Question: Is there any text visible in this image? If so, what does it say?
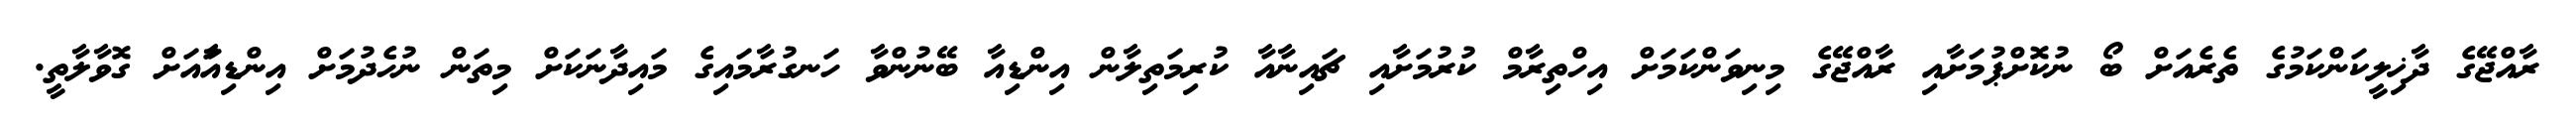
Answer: ރާއްޖޭގެ ދާޚިލީކަންކަމުގެ ތެރެއަށް ބޯ ނުކޮށްޕުމަށާއި ރާއްޖޭގެ މިނިވަންކަމަށް އިހްތިރާމް ކުރުމަށާއި ޗައިނާއާ ކުރިމަތިލާން އިންޑިއާ ބޭނުންވާ ހަނގުރާމައިގެ މައިދާނަކަށް މިތަން ނުހެދުމަށް އިންޑިއާައަށް ގޮވާލާތީ.